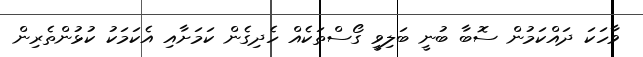
ވާހަކަ ދައްކަމުން ސޮބާ ބުނީ ބަލިވީ ގޯސްތަކެއް ހެދިގެން ކަމަށާއި އެކަމަކު ކުޅުންތެރިން